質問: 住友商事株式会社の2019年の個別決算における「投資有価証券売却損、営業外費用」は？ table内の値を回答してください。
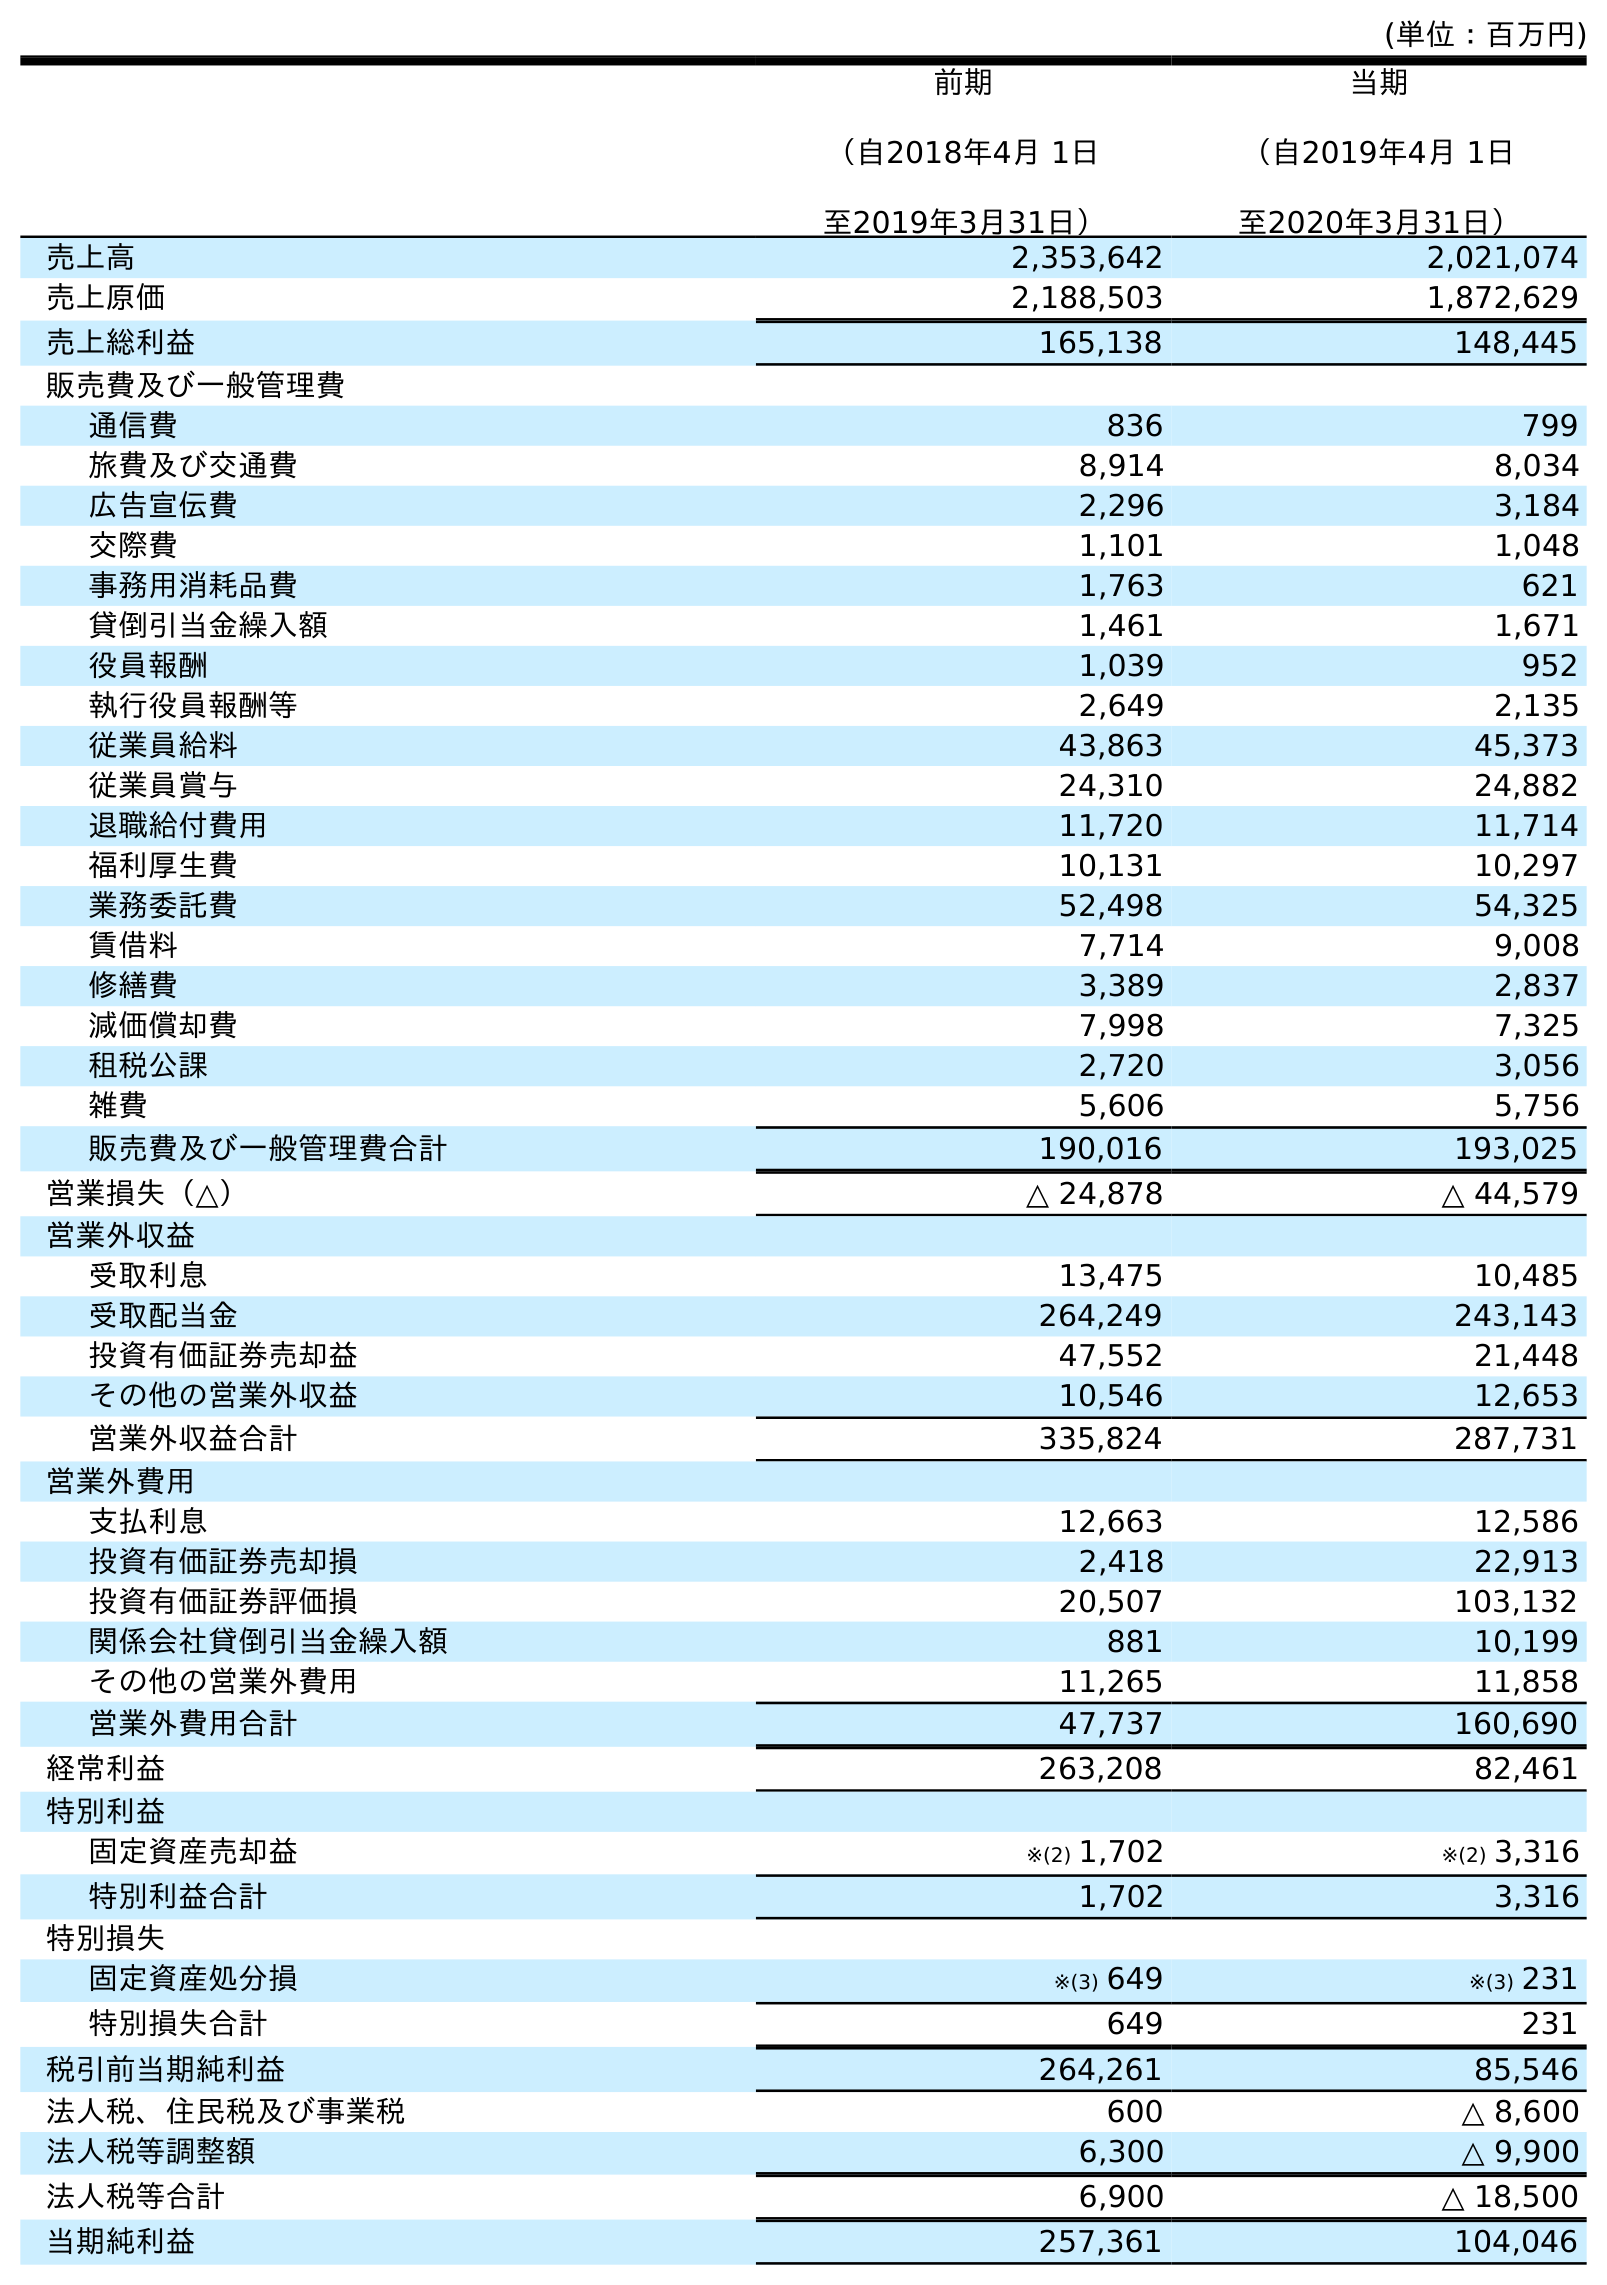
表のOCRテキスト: (単位：百万円) 前期 （自2018年4月 1日 至2019年3月31日） 当期 （自2019年4月 1日 至2020年3月31日） 売上高 2,353,642 2,021,074 売上原価 2,188,503 1,872,629 売上総利益 165,138 148,445 販売費及び一般管理費 通信費 836 799 旅費及び交通費 8,914 8,034 広告宣伝費 2,296 3,184 交際費 1,101 1,048 事務用消耗品費 1,763 621 貸倒引当金繰入額 1,461 1,671 役員報酬 1,039 952 執行役員報酬等 2,649 2,135 従業員給料 43,863 45,373 従業員賞与 24,310 24,882 退職給付費用 11,720 11,714 福利厚生費 10,131 10,297 業務委託費 52,498 54,325 賃借料 7,714 9,008 修繕費 3,389 2,837 減価償却費 7,998 7,325 租税公課 2,720 3,056 雑費 5,606 5,756 販売費及び一般管理費合計 190,016 193,025 営業損失（△） △ 24,878 △ 44,579 営業外収益 受取利息 13,475 10,485 受取配当金 264,249 243,143 投資有価証券売却益 47,552 21,448 その他の営業外収益 10,546 12,653 営業外収益合計 335,824 287,731 営業外費用 支払利息 12,663 12,586 投資有価証券売却損 2,418 22,913 投資有価証券評価損 20,507 103,132 関係会社貸倒引当金繰入額 881 10,199 その他の営業外費用 11,265 11,858 営業外費用合計 47,737 160,690 経常利益 263,208 82,461 特別利益 固定資産売却益 ※(2) 1,702 ※(2) 3,316 特別利益合計 1,702 3,316 特別損失 固定資産処分損 ※(3) 649 ※(3) 231 特別損失合計 649 231 税引前当期純利益 264,261 85,546 法人税、住民税及び事業税 600 △ 8,600 法人税等調整額 6,300 △ 9,900 法人税等合計 6,900 △ 18,500 当期純利益 257,361 104,046
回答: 2,418